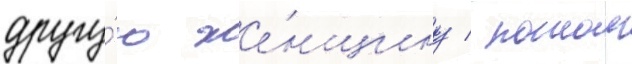
другу́ю же́нщину / потом